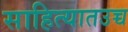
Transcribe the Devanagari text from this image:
साहित्यातउच्च